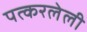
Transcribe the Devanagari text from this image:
पत्करलेली